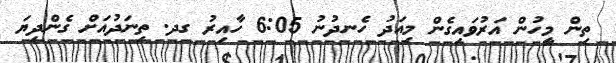
ތިން މީހުން އަރުވައިގެން މިއަދު ހެނދުނު 6:05 ހާއިރު ގދ. ތިނަދުއަށް ގެންދިޔަ